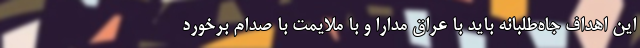
این اهداف جاه‌طلبانه باید با عراق مدارا و با ملایمت با صدام برخورد